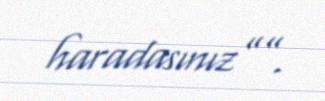
haradasınız””.